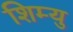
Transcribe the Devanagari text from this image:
शिम्यु